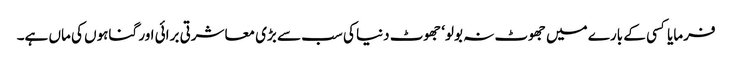
فرمایا کسی کے بارے میں جھوٹ نہ بولو‘ جھوٹ دنیا کی سب سے بڑی معاشرتی برائی اور گناہوں کی ماں ہے۔